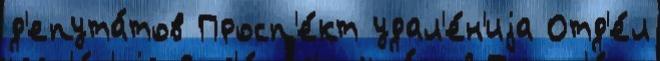
д'епута́тов Просп'е́кт удал'е́н'иjа Отд'е́л